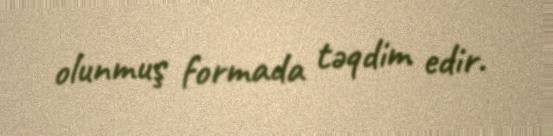
olunmuş formada təqdim edir.